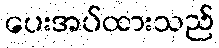
ပေးအပ်ထားသည်